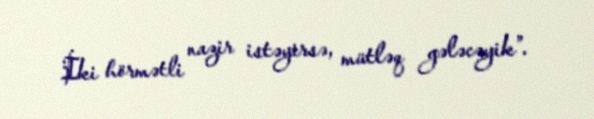
İki hörmətli nazir istəyirsə, mütləq gələcəyik”.